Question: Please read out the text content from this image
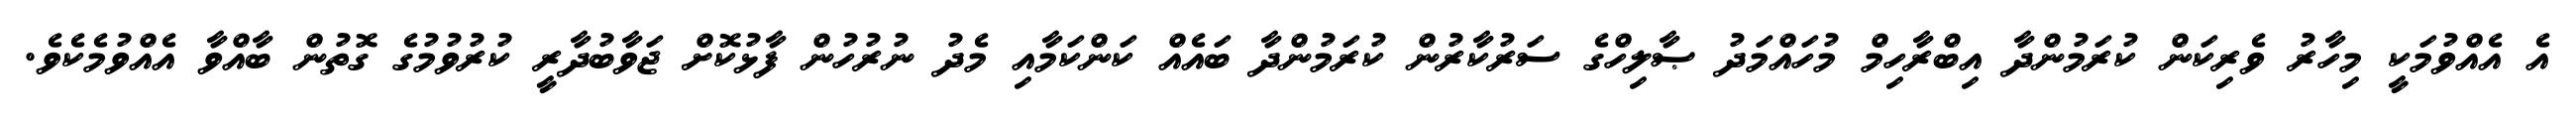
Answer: އެ އެއްވުމަކީ މިހާރު ވެރިކަން ކުރަމުންދާ އިބްރާހިމް މުހައްމަދު ޞާލިހްގެ ސަރުކާރުން ކުރަމުންދާ ބައެއް ކަންކަމާއި މެދު ނުރުހުން ފާޅުކޮށް ޖަވާބުދާރީ ކުރުވުމުގެ ގޮތުން ބާއްވާ އެއްވުމެކެވެ.